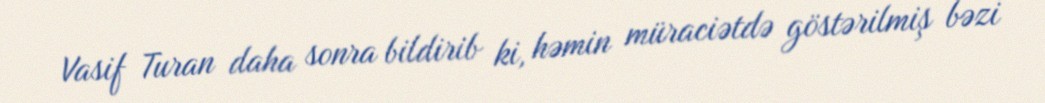
Vasif Turan daha sonra bildirib ki, həmin müraciətdə göstərilmiş bəzi